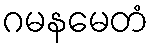
ဂမနမေတံ